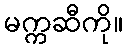
မက္ကဆီကို။